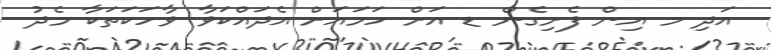
އަދި މ އިން ފެށިގެން ޑ އަށް ހަމައަށް އެދައްކަވާ ވާހަކަތަކާ މެދު